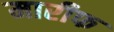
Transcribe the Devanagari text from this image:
मारीफ